Laimjala_vallavalitsus, lk 26
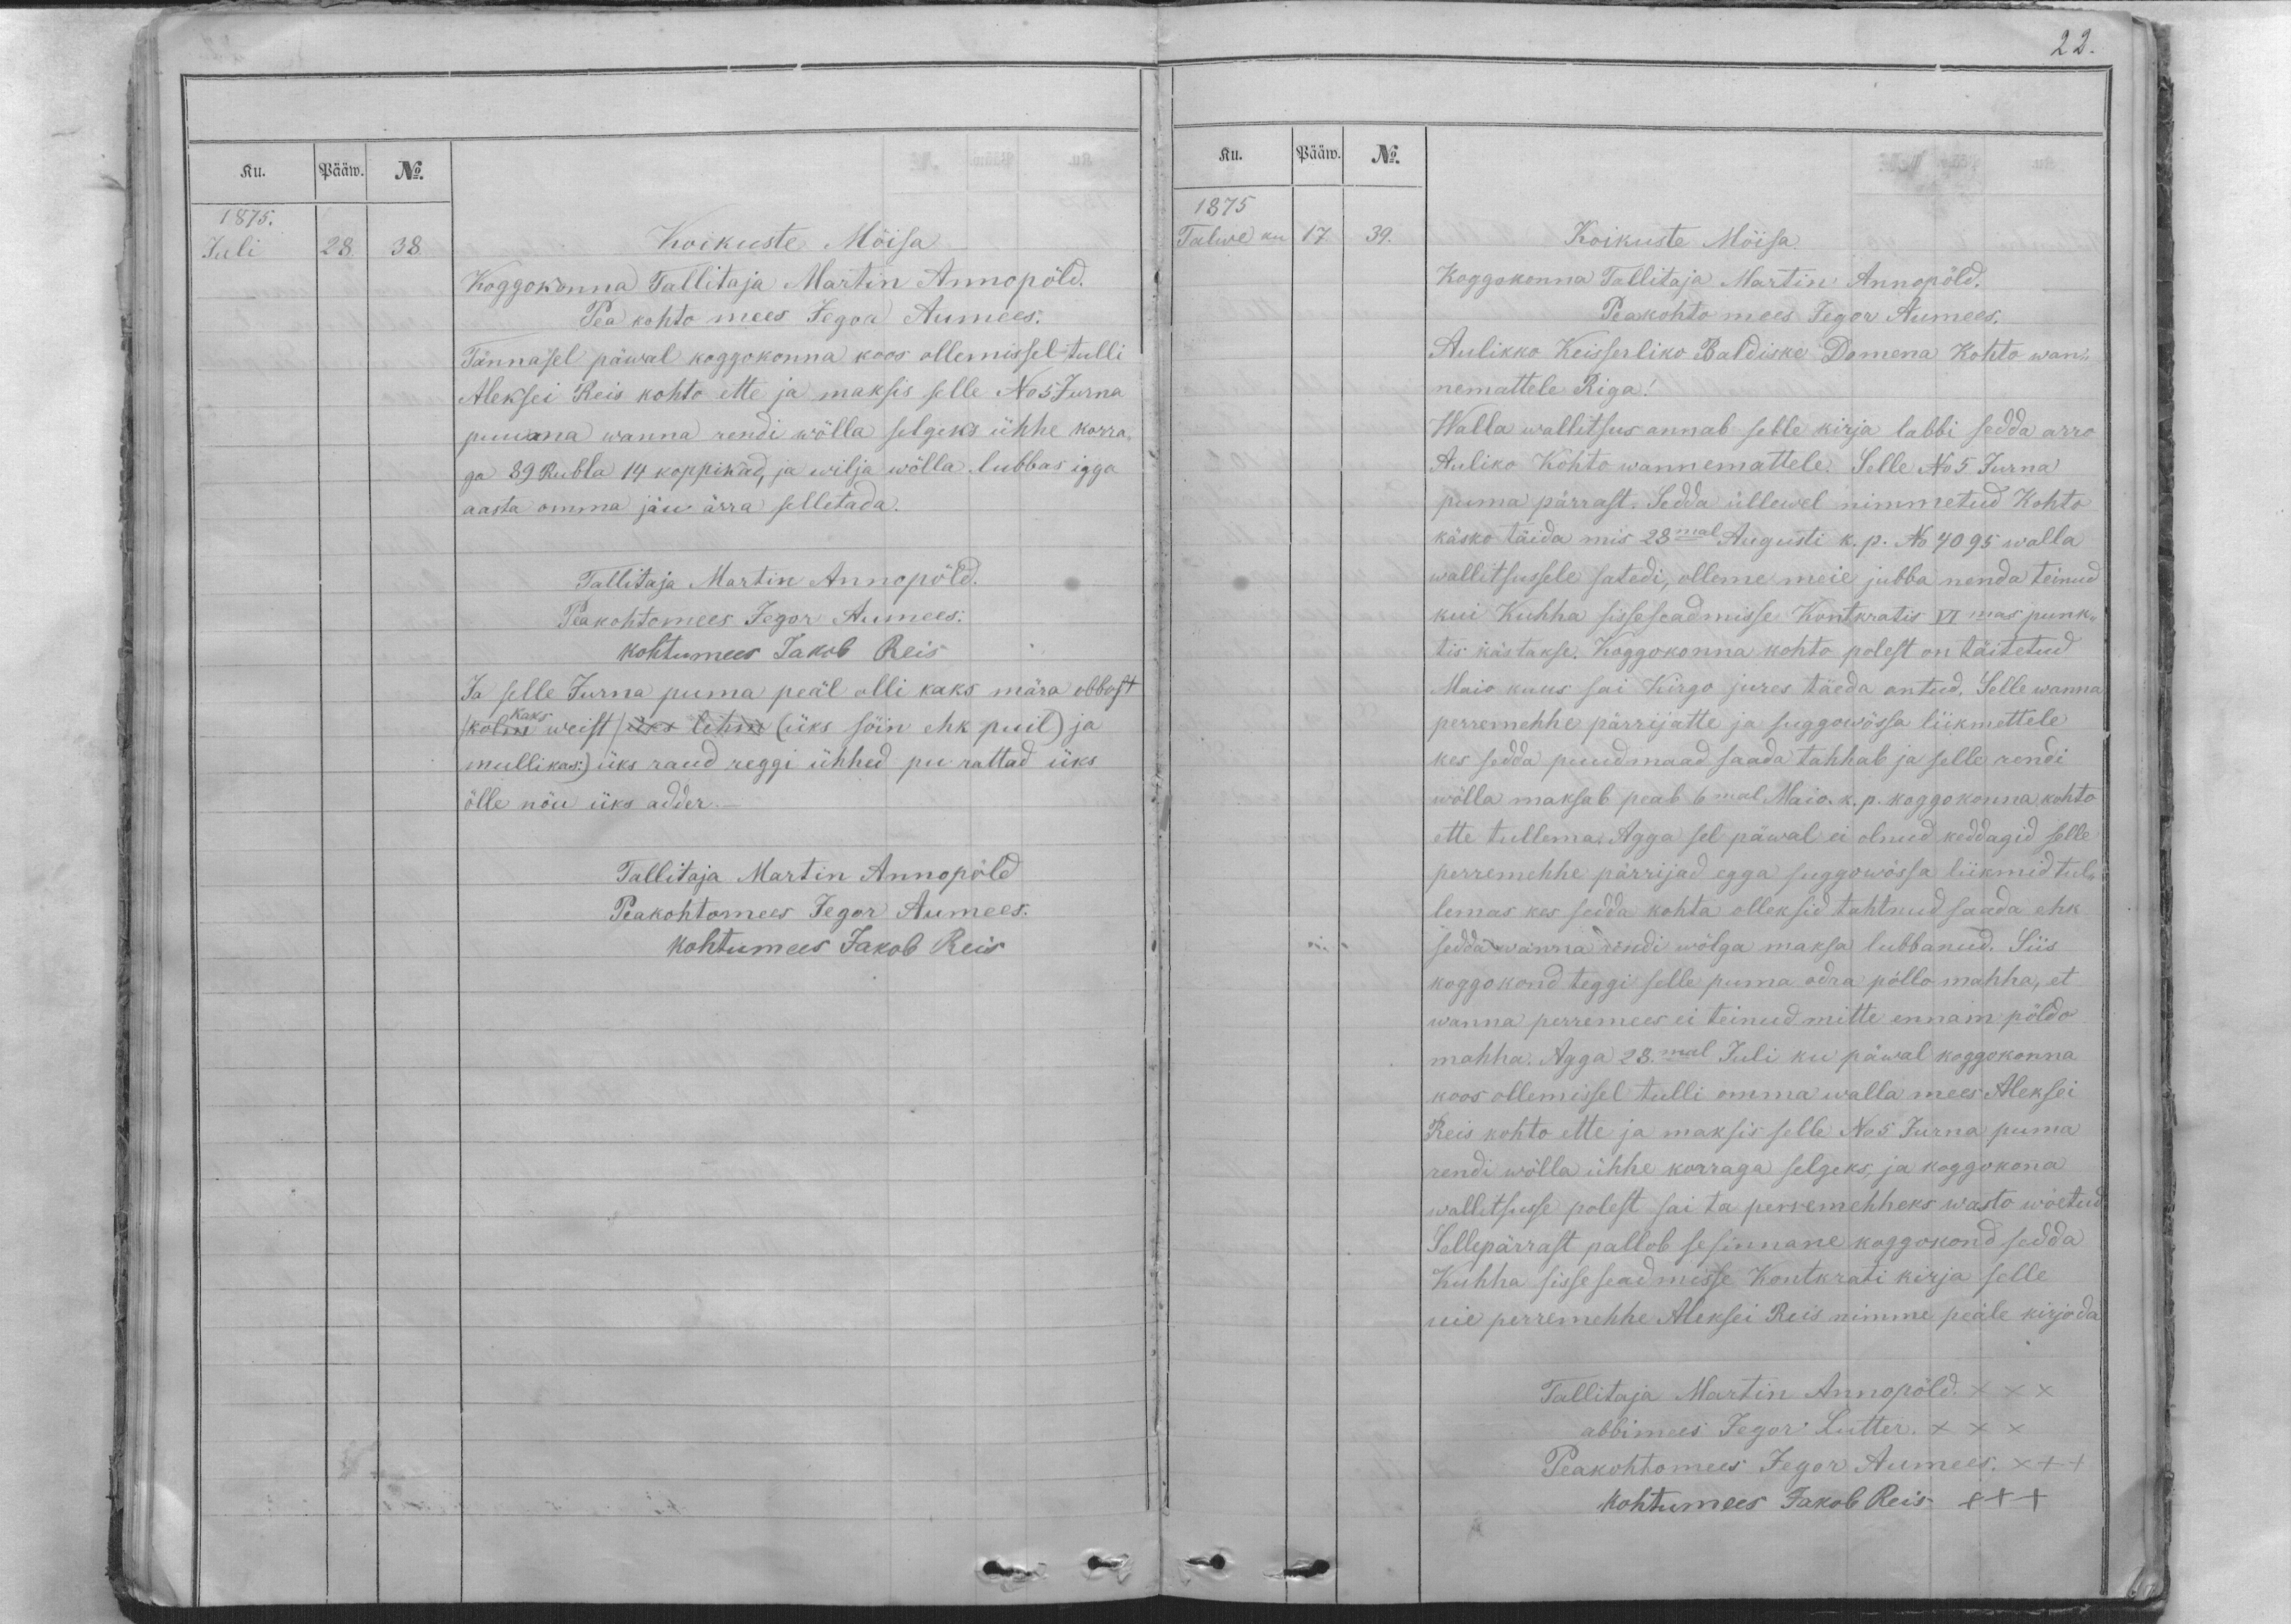
Ku.
Pääw.
No.
1875.
Juli
28.
38.

Koikuste Möisa
Koggokonna Tallitaja Martin Annopöld.
Pea kohto mees Jegor Aumees.
Tännasel päwal koggokonna koos ollemissel tulli
Aleksei Reis kohto ette ja maksis selle No 5 Jurna
puuma wanna rendi wõlla selgeks ühhe korra-
ga 89 Rubla 14 koppikad, ja wilja wõlla. lubbas igga
aasta omma jäu ärra selletada.
Tallitaja Martin Annopöld.
Peakohtomees Jegor Aumees.
kohtumees Jakob Reis
Ja selle Jurna puma peäl olli kaks mära obbost
kaks
kolm weist /üks lehm (üks söin ehk puil) ja
mullikas.) üks raud reggi ühhed pu rattad üks
õlle nõu üks adder._
Tallitaja Martin Annopöld
Peakohtomees Jegor Aumees.
kohtumees Jakob Reis

Ku.
Pääw.
No.
1875
Talwe ku
17.
39.
Koikuste Möisa.
Koggokonna Tallitaja Martin Annopöld.
Peakohto mees Jegor Aumees.
Aulikko Keisserliko Baldiske Domena Kohto wan-
nemattele Riga!
Walla wallitsus annab selle kirja labbi sedda arro
Auliko Kohto wannemattele. Selle No 5 Jurna
puma pärrast. Sedda üllewel nimmetud Kohto
käsko täida mis 28mal Augusti k. p. No 4095 walla
wallitsussele satedi, olleme meie jubba nenda teinud
kui Kuhha sisseseadmisse Kontkratis VI mas punk-
tis kästakse. Koggokonna kohto polest on täitetud
Maio kuus sai Kirgo jures täeda antud. Selle wanna
perremehhe pärrijatte ja suggowössa liikmettele
kes sedda puudmaad saada tahhab ja selle rendi
wölla maksab peab 6mal Maio. k. p. koggokonna kohto
ette tullema. Agga sel päwal ei olnud keddagid selle
perremehhe pärrijad egga suggowössa liikmid tul-
lemas kes sedda kohta olleksid tahtnud saada ehk
sedda wanna rendi wölga maksa lubbanud. Siis
koggokond teggi selle puma adra pöllo mahha, et
wanna perremees ei teinud mitte ennam pöldo
mahha. Agga 28. mal Juli ku päwal koggokonna
koos ollemissel tulli omma walla mees Aleksei
Reis kohto ette ja maksis selle No 5 Jurna puma
rendi wölla ühhe korraga selgeks, ja koggokonna
wallitsusse polest sai ta perremehheks wasto wõetud
Sellepärrast pallob sesinnane koggokond sedda
Kuhha sisse seadmisse Kontkrati kirja selle
uie perremehhe Aleksei Reis nimme peäle kirjoda
Tallitaja Martin Annopöld. XXX
abbimees Jegor Lutter. XXX
Peakohtomees Jegor Aumees. XXX
kohtumees Jakob Reis XXX